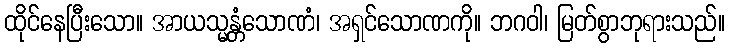
ထိုင်နေပြီးသော။ အာယသ္မန္တံသောဏံ၊ အရှင်သောဏကို။ ဘဂဝါ၊ မြတ်စွာဘုရားသည်။